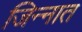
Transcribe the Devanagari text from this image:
जिन्‍नात